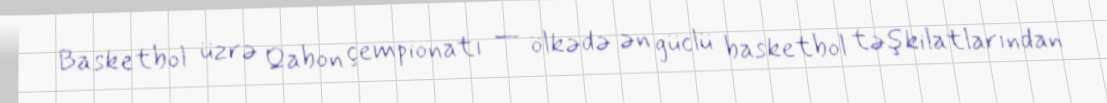
Basketbol üzrə Qabon çempionatı — ölkədə ən güclü basketbol təşkilatlarından